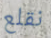
نقلع